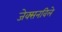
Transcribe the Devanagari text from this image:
जेक्सनविले